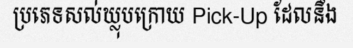
ប្រភេទសល់ឃ្លុបក្រោយ Pick-Up ដែលនឹង